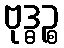
ဗုဒ္ဓဉ္စ